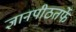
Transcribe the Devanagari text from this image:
ज्ञानपीठतर्फे